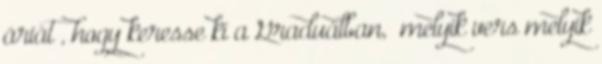
áriát”, hogy keresse ki a Graduálban, „melyik vers melyik